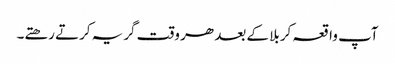
آپ واقعہ کربلا کے بعد ھر وقت گریہ کرتے رھتے۔